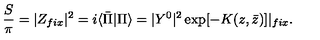
{ \frac { S } { \pi } } = | Z _ { f i x } | ^ { 2 } = i \langle \bar { \Pi } | \Pi \rangle = | Y ^ { 0 } | ^ { 2 } \exp [ - K ( z , \bar { z } ) ] | _ { f i x } .